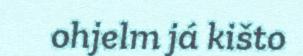
ohjelm já kišto